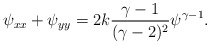
\begin{align*}\psi_{xx}+\psi_{yy}=2k{{\gamma-1}\over{(\gamma-2)^2}}\psi^{\gamma-1}.\end{align*}